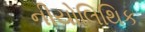
નીયોલિથિક